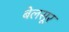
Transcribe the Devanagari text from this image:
बेलसूर